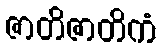
ဇာတိဇာတိကံ